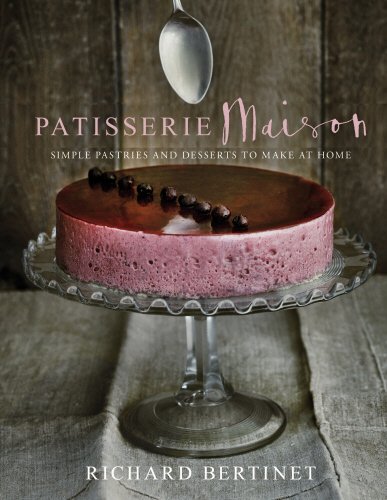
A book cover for Patisserie Maison: Simple Pastries and Desserts to Make at Home; Richard Bertinet; Cookbooks, Food & Wine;